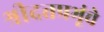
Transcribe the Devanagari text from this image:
श्रीदत्तप्रभूंचे